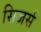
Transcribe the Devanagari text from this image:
सिजर्स